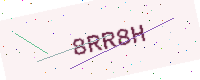
Text: 8RR8H